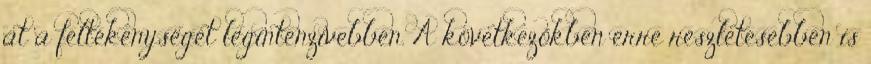
át a féltékenységet legintenzívebben. A következőkben erre részletesebben is